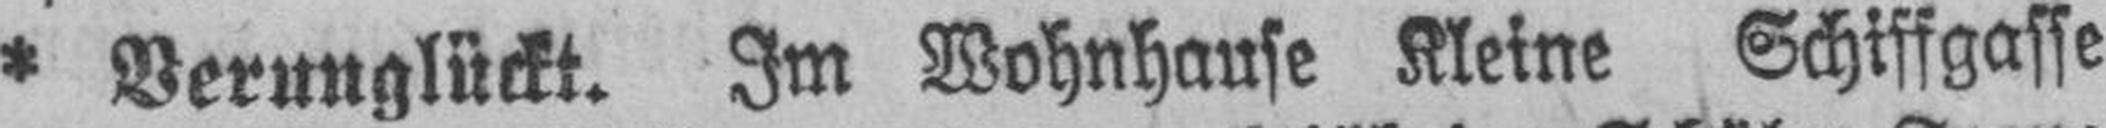
* Verunglückt. Im Wohnhause Kleine Schiffgasse